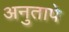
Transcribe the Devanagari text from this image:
अनुतापे